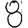
Digit: 8